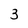
Character: 3